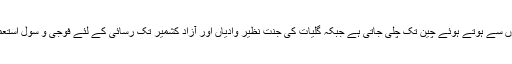
یہیں سے گزرنے والی شاہراہ ریشم شمالی علاقوں سے ہوتے ہوئے چین تک چلی جاتی ہے جبکہ گلیات کی جنت نظیر وادیاں اور آزاد کشمیر تک رسائی کے لئے فوجی و سول استعمال کیلئے بھی ایبٹ آباد ہی سے گزرنا پڑتا ہے۔